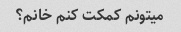
میتونم کمکت کنم خانم؟